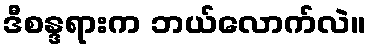
ဒီစန္ဒရားက ဘယ်လောက်လဲ။